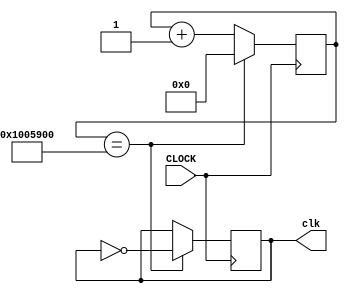
`timescale 1ns / 1ps
//////////////////////////////////////////////////////////////////////////////////
// Company: 
// Engineer: 
// 
// Design Name: 
// Module Name: clock_3hz
// Project Name: 
// Target Devices: 
// Tool Versions: 
// Description: 
// 
// Dependencies: 
// 
// Revision:
// Revision 0.01 - File Created
// Additional Comments:
// 
//////////////////////////////////////////////////////////////////////////////////


module clock_3hz(
    input CLOCK,
    output reg clk
    );

    reg [25:0] counter = 0;
    
    initial begin
        clk = 0;
    end
    
    always @ (posedge CLOCK) begin
        counter <= counter + 1;
        if (counter == 25'd16800000) begin //roll over after 0.336 seconds
            counter <= 0;
            clk <= ~clk;
        end
    end
    
endmodule